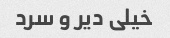
خیلی دیر و سرد